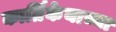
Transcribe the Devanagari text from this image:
कार्तिकेयाच्या